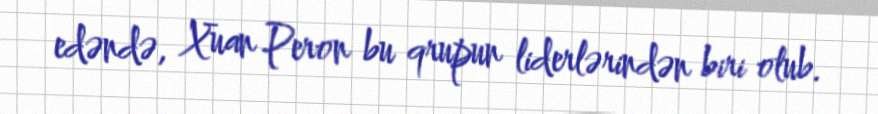
edəndə, Xuan Peron bu qrupun liderlərindən biri olub.